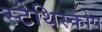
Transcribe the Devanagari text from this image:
स्टेथिस्कोप